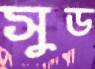
সুড